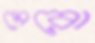
মেরো